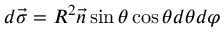
d \vec { \sigma } = R ^ { 2 } \vec { n } \sin \theta \cos \theta d \theta d \varphi